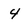
Character: 4